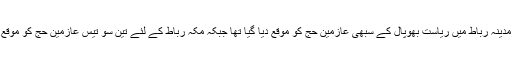
گزشتہ سال مدینہ رباط میں ریاست بھوپال کے سبھی عازمین حج کو موقع دیا گیا تھا جبکہ مکہ رباط کے لئے تین سو تیس عازمین حج کو موقع دیا گیا تھا ۔